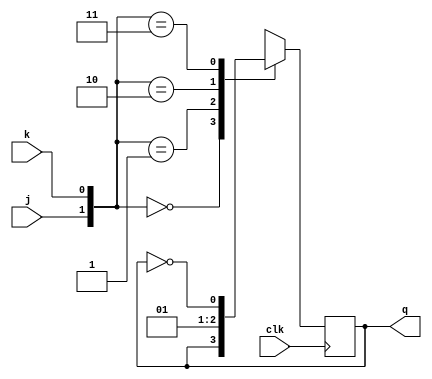
/* The working is so easy, we can change state only when rising clk edge, we
* have a few cases, when: 
* 1. j = 0; k = 0; - no change
* 2. j = 0; k = 1; - q = 0
* 3. j = 1; k = 0; - q = 1
* 4. j = 1; k = 1; - change state
*/
module jkff(
   input wire clk,
   input wire j,
   input wire k,
   output wire q
);

   reg q_reg;
   assign q = q_reg;

   always@(posedge clk) begin
      case({j,k})
         2'b00: q_reg <= q_reg;
         2'b01: q_reg <= 1'b0; 
         2'b10: q_reg <= 1'b1;
         2'b11: q_reg <= ~q_reg;
      endcase
   end

endmodule